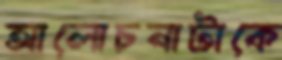
আলোচনাটাকে